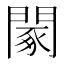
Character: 䦠